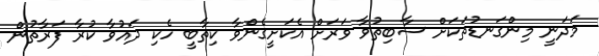
މަދަނީ މިންގަނޑުތަކަށް ސާބިތުވާ ވަރަށް އެކަށީގެންވާ ކިތާބީ ހެކި ދައުވާ ކުރާ ފަރާތުން